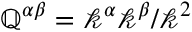
\mathbb { Q } ^ { \alpha \beta } = \mathcal { k } ^ { \alpha } \mathcal { k } ^ { \beta } / \mathcal { k } ^ { 2 }